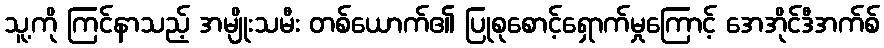
သူ့ကို ကြင်နာသည့် အမျိုးသမီး တစ်ယောက်၏ ပြုစုစောင့်ရှောက်မှုကြောင့် အေအိုင်ဒီအက်စ်